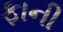
ફાની